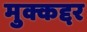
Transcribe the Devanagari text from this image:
मुक्कद्दर